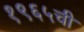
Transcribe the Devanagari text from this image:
१९६५ची